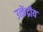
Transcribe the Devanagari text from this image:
उत्केंद्रीय